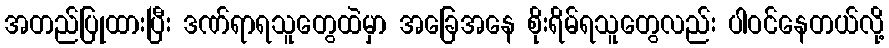
အတည်ပြုထားပြီး ဒဏ်ရာရသူတွေထဲမှာ အခြေအနေ စိုးရိမ်ရသူတွေလည်း ပါဝင်နေတယ်လို့